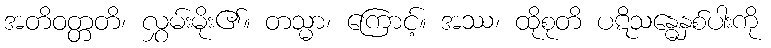
အတိဝတ္တတိ၊ လွှမ်းမိုး၏။ တသ္မာ၊ ကြောင့်။ အဿ၊ ထိုစုတိ ပဋိသန္ဓေနှစ်ပါးကို